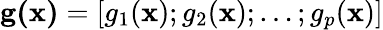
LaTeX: \mathbf{g(x)}=[g_{1}(\mathbf{x});g_{2}(\mathbf{x});\ldots;g_{p}(\mathbf{x})]